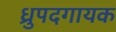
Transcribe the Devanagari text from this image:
ध्रुपदगायक